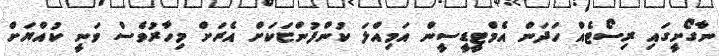
ނާގޯށީގައި ރިސޯޓެއް ހަދަން އެމްޓީޑީސީން އަމިއްލަ ކުންފުންޏަކަށް އެރަށް މިހާރުވެސް ވަނީ ކުއްްޔަށް